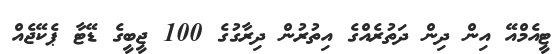
ޓީއެމްއޭ އިން ދިން ދަތުރެއްގެ އިތުރުން ދިރާގުގެ 100 ޖީބީގެ ޑޭޓާ ޕެކޭޖެއް